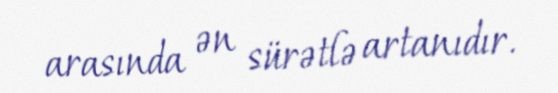
arasında ən sürətlə artanıdır.